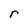
Character: r